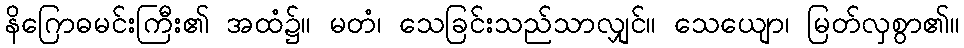
နိဂြောဓမင်းကြီး၏ အထံ၌။ မတံ၊ သေခြင်းသည်သာလျှင်။ သေယျော၊ မြတ်လှစွာ၏။